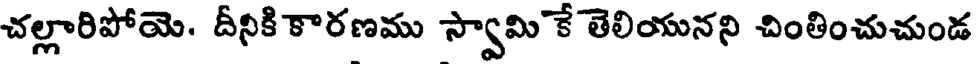
చల్లారిపోయె. దీనికి కారణము స్వామి కే తెలియునని చింతించుచుండ